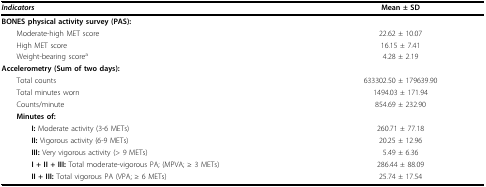
<table><thead><tr><td><b><i>Indicators</i></b></td><td><b>Mean ± SD</b></td></tr></thead><tbody><tr><td colspan="2"><b>BONES physical activity survey (PAS):</b></td></tr><tr><td> Moderate-high MET score</td><td>22.62 ± 10.07</td></tr><tr><td> High MET score</td><td>16.15 ± 7.41</td></tr><tr><td> Weight-bearing score<sup>a</sup></td><td>4.28 ± 2.19</td></tr><tr><td colspan="2"><b>Accelerometry (Sum of two days):</b></td></tr><tr><td> Total counts</td><td>633302.50 ± 179639.90</td></tr><tr><td> Total minutes worn</td><td>1494.03 ± 171.94</td></tr><tr><td> Counts/minute</td><td>854.69 ± 232.90</td></tr><tr><td colspan="2"> <b>Minutes of:</b></td></tr><tr><td><b>I: </b>Moderate activity (3-6 METs)</td><td>260.71 ± 77.18</td></tr><tr><td><b>II: </b>Vigorous activity (6-9 METs)</td><td>20.25 ± 12.96</td></tr><tr><td><b>III: </b>Very vigorous activity (&gt; 9 METs)</td><td>5.49 ± 6.36</td></tr><tr><td><b>I + II + III: </b>Total moderate-vigorous PA; (MPVA; ≥ 3 METs)</td><td>286.44 ± 88.09</td></tr><tr><td><b>II + III: </b>Total vigorous PA (VPA; ≥ 6 METs)</td><td>25.74 ± 17.54</td></tr></tbody></table>